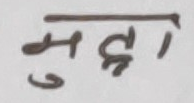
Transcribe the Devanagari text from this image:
मुद्दा